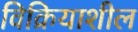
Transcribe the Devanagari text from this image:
विक्रियाशील